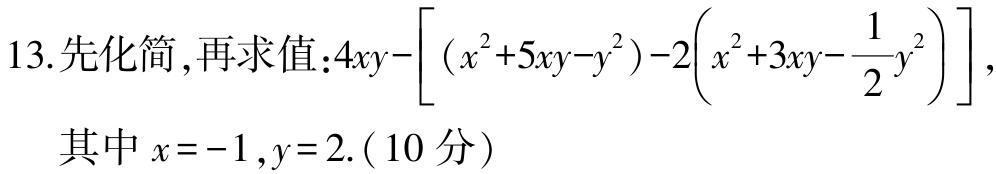
13.先化简,再求值：$4xy-\left[\left(x^{2}+5xy - y^{2}\right)-2\left(x^{2}+3xy-\frac{1}{2}y^{2}\right)\right]$,

其中$x = - 1,y = 2$.（10分）